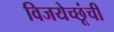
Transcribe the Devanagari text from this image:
विजयेच्छूंची